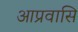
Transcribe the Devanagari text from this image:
आप्रवासि